Insane asylums in Bengal annual reports 1867-1875 - 1867-1875
Year: 1867
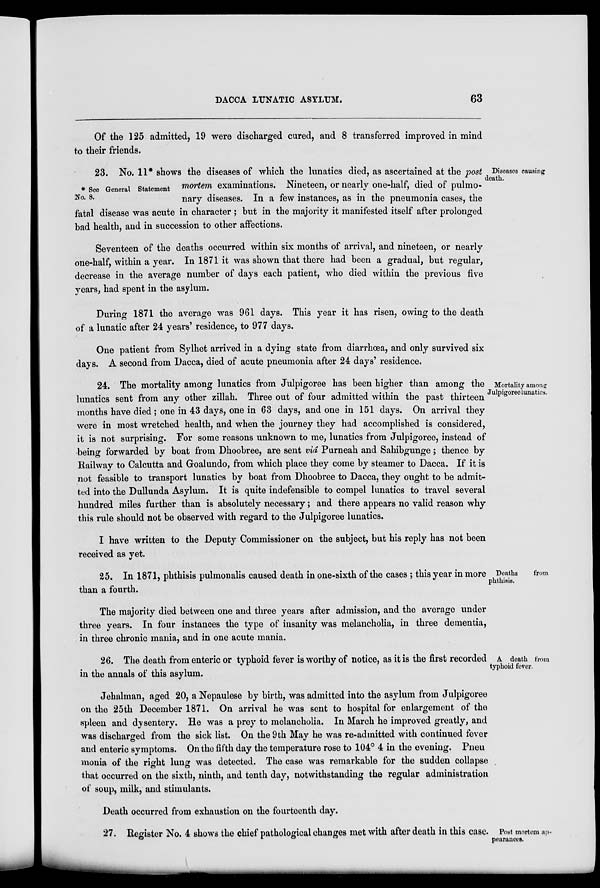
DACCA LUNATIC ASYLUM.
63
Of the 125 admitted, 19 were discharged cured, and 8 transferred improved in mind
to their friends.
Diseases causing
death.
* See General Statement
No. 8.
23. No. 11* shows the diseases of which the lunatics died, as ascertained at the post
mortem examinations. Nineteen, or nearly one-half, died of pulmo-
nary diseases. In a few instances, as in the pneumonia cases, the
fatal disease was acute in character ; but in the majority it manifested itself after prolonged
bad health, and in succession to other affections.
Seventeen of the deaths occurred within six months of arrival, and nineteen, or nearly
one-half, within a year. In 1871 it was shown that there had been a gradual, but regular,
decrease in the average number of days each patient, who died within the previous five
years, had spent in the asylum.
During 1871 the average was 961 days. This year it has risen, owing to the death
of a lunatic after 24 years' residence, to 977 days.
One patient from Sylhet arrived in a dying state from diarrhœa, and only survived six
days. A second from Dacca, died of acute pneumonia after 24 days' residence.
Mortality among
Julpigoree lunatics.
24. The mortality among lunatics from Julpigoree has been higher than among the
lunatics sent from any other zillah. Three out of four admitted within the past thirteen
months have died; one in 43 days, one in 63 days, and one in 151 days. On arrival they
were in most wretched health, and when the journey they had accomplished is considered,
it is not surprising. For some reasons unknown to me, lunatics from Julpigoree, instead of
being forwarded by boat from Dhoobree, are sent viâ Purneah and Sahibgunge; thence by
Railway to Calcutta and Goalundo, from which place they come by steamer to Dacca. If it is
not feasible to transport lunatics by boat from Dhoobree to Dacca, they ought to be admit-
ted into the Dullunda Asylum. It is quite indefensible to compel lunatics to travel several
hundred miles further than is absolutely necessary; and there appears no valid reason why
this rule should not be observed with regard to the Julpigoree lunatics.
I have written to the Deputy Commissioner on the subject, but his reply has not been
received as yet.
Deaths
from
phthisis.
25. In 1871, phthisis pulmonalis caused death in one-sixth of the cases ; this year in more
than a fourth.
The majority died between one and three years after admission, and the average under
three years. In four instances the type of insanity was melancholia, in three dementia,
in three chronic mania, and in one acute mania.
A death from
typhoid fever.
26. The death from enteric or typhoid fever is worthy of notice, as it is the first recorded
in the annals of this asylum.
Jehalman, aged 20, a Nepaulese by birth, was admitted into the asylum from Julpigoree
on the 25th December 1871. On arrival he was sent to hospital for enlargement of the
spleen and dysentery. He was a prey to melancholia. In March he improved greatly, and
was discharged from the sick list. On the 9th May he was re-admitted with continued fever
and enteric symptoms. Onthe fifth day the temperature rose to 104° 4 in the evening. Pneu
monia of the right lung was detected. The case was remarkable for the sudden collapse
that occurred on the sixth, ninth, and tenth day, notwithstanding the regular administration
of soup, milk, and stimulants.
Death occurred from exhaustion on the fourteenth day.
Post mortem ap¬
pearances.
27. Register No. 4 shows the chief pathological changes met with after death in this case.